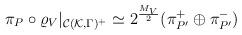
LaTeX: \begin{align*}\pi_P\circ\varrho_V|_{{\cal C}({\cal K},\Gamma)^+}\simeq 2^\frac{M_V}{2}(\pi_{P'}^+\oplus\pi_{P'}^-)\end{align*}